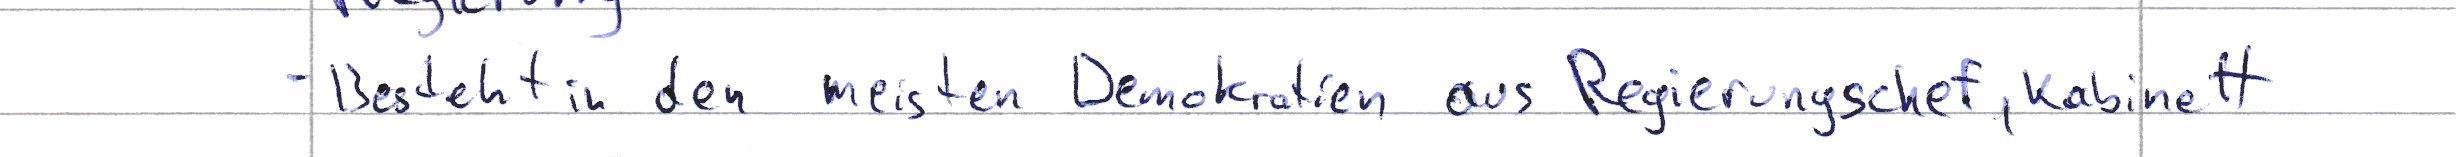
- Besteht den meisten Demokratien aus Regierungschef, Kabinett